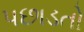
પછાડતો